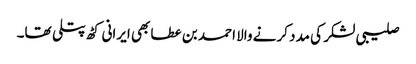
صلیبی لشکر کی مدد کرنے والا احمد بن عطا بھی ایرانی کٹھ پتلی تھا۔